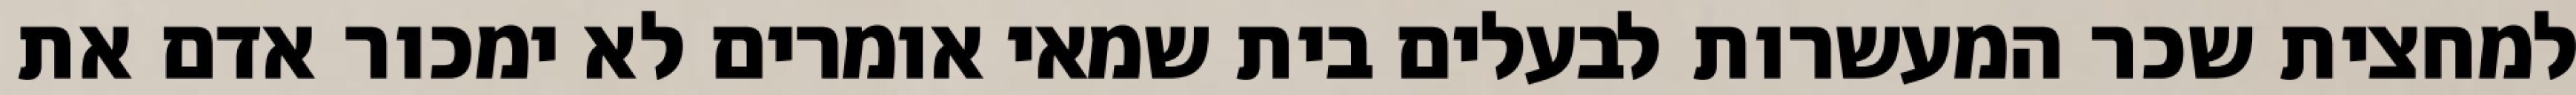
למחצית שכר המעשרות לבעלים בית שמאי אומרים לא ימכור אדם את